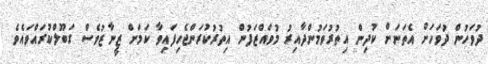
ދުވަހުން ދުވަހަށް އެތަނަށް ކުދިން އިތުރުވަމުންދާއިރު މުވައްޒަފުން އިތުރުކުރަންޖެހިފައިވާ ކަމަށް ޒީނާޒުވެސް ގަބޫލްކުރައްވައެވެ.